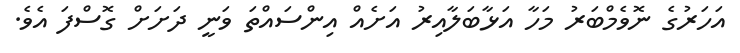
އަހަރުގެ ނޮވެމްބަރު މަހާ އަޅާބަލާއިރު އަށެއް އިންސައްތަ ވަނީ ދަށަށް ގޮސްފަ އެވެ.